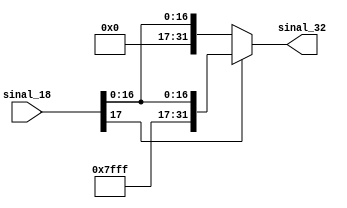
module ExtSinal_18(sinal_18,sinal_32);
input [17:0] sinal_18;
output wire [31:0] sinal_32;
wire [31:0] comp_1, comp_0; // completa com 1's e completa com 0's (32 bits)
assign comp_1 = {14'b11111111111111,sinal_18};
assign comp_0 = {14'b00000000000000,sinal_18};
assign sinal_32 = (sinal_18[17]) ? comp_1 : comp_0; // analisa e extende o sinal dependendo de signal[15], o ultimo bit 
endmodule